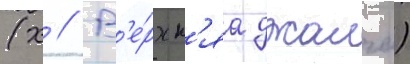
(х // В'е́рхн'яа джалга)